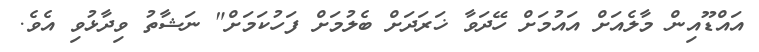
އައްޑޫއިން މާލެއަށް އައުމަށް ހޭދަވާ ޚަރަދަށް ބެލުމަށް ފަހުކަމަށް" ނަޝާތު ވިދާޅުވި އެވެ.